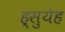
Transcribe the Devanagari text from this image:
ह्सुयेह